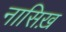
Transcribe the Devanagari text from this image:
नासिख़